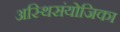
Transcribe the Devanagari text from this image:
अस्थिसंयोजिका